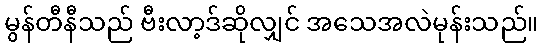
မွန်တီနီသည် ဗီးလာ့ဒ်ဆိုလျှင် အသေအလဲမုန်းသည်။